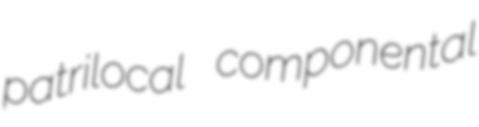
patrilocal componental